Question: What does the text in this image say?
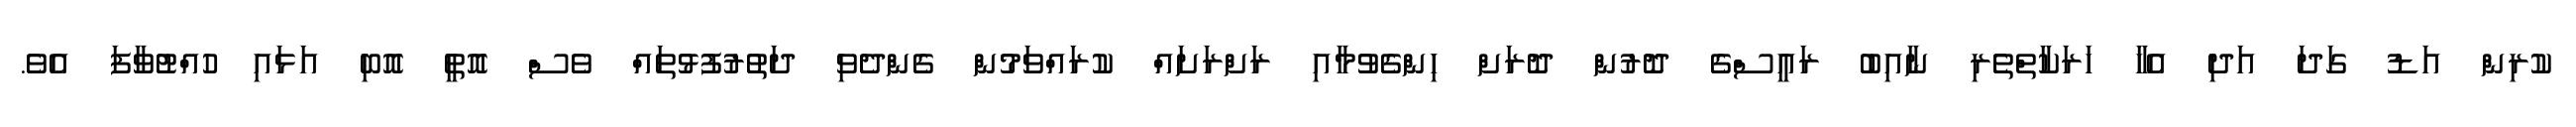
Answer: ކުރިން އަޑު ގަދަ އަދި އެހާ ހަރަކާތްތެެރި ނާއިބު ރައީސްގެ ދޮރުން ދޮރަށް ހިންގެވުމާއި ރަށްރަށައް ކުރައްވަމުން ގެންދެވި ދަތުރުފުޅުތައް ވެސް އޮތީ އޮބި އަޅައި ހުއްޓުވާފަ އެވެ.